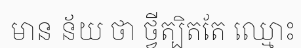
មាន ន័យ ថា ថ្វីត្បិតតែ ឈ្មោះ